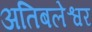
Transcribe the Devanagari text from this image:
अतिबलेश्वर